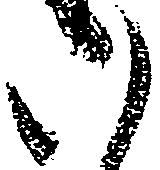
い